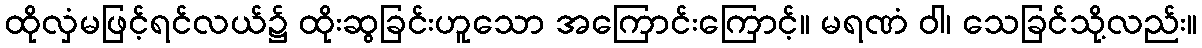
ထိုလှံမဖြင့်ရင်လယ်၌ ထိုးဆွခြင်းဟူသော အကြောင်းကြောင့်။ မရဏံ ဝါ၊ သေခြင်သို့လည်း။